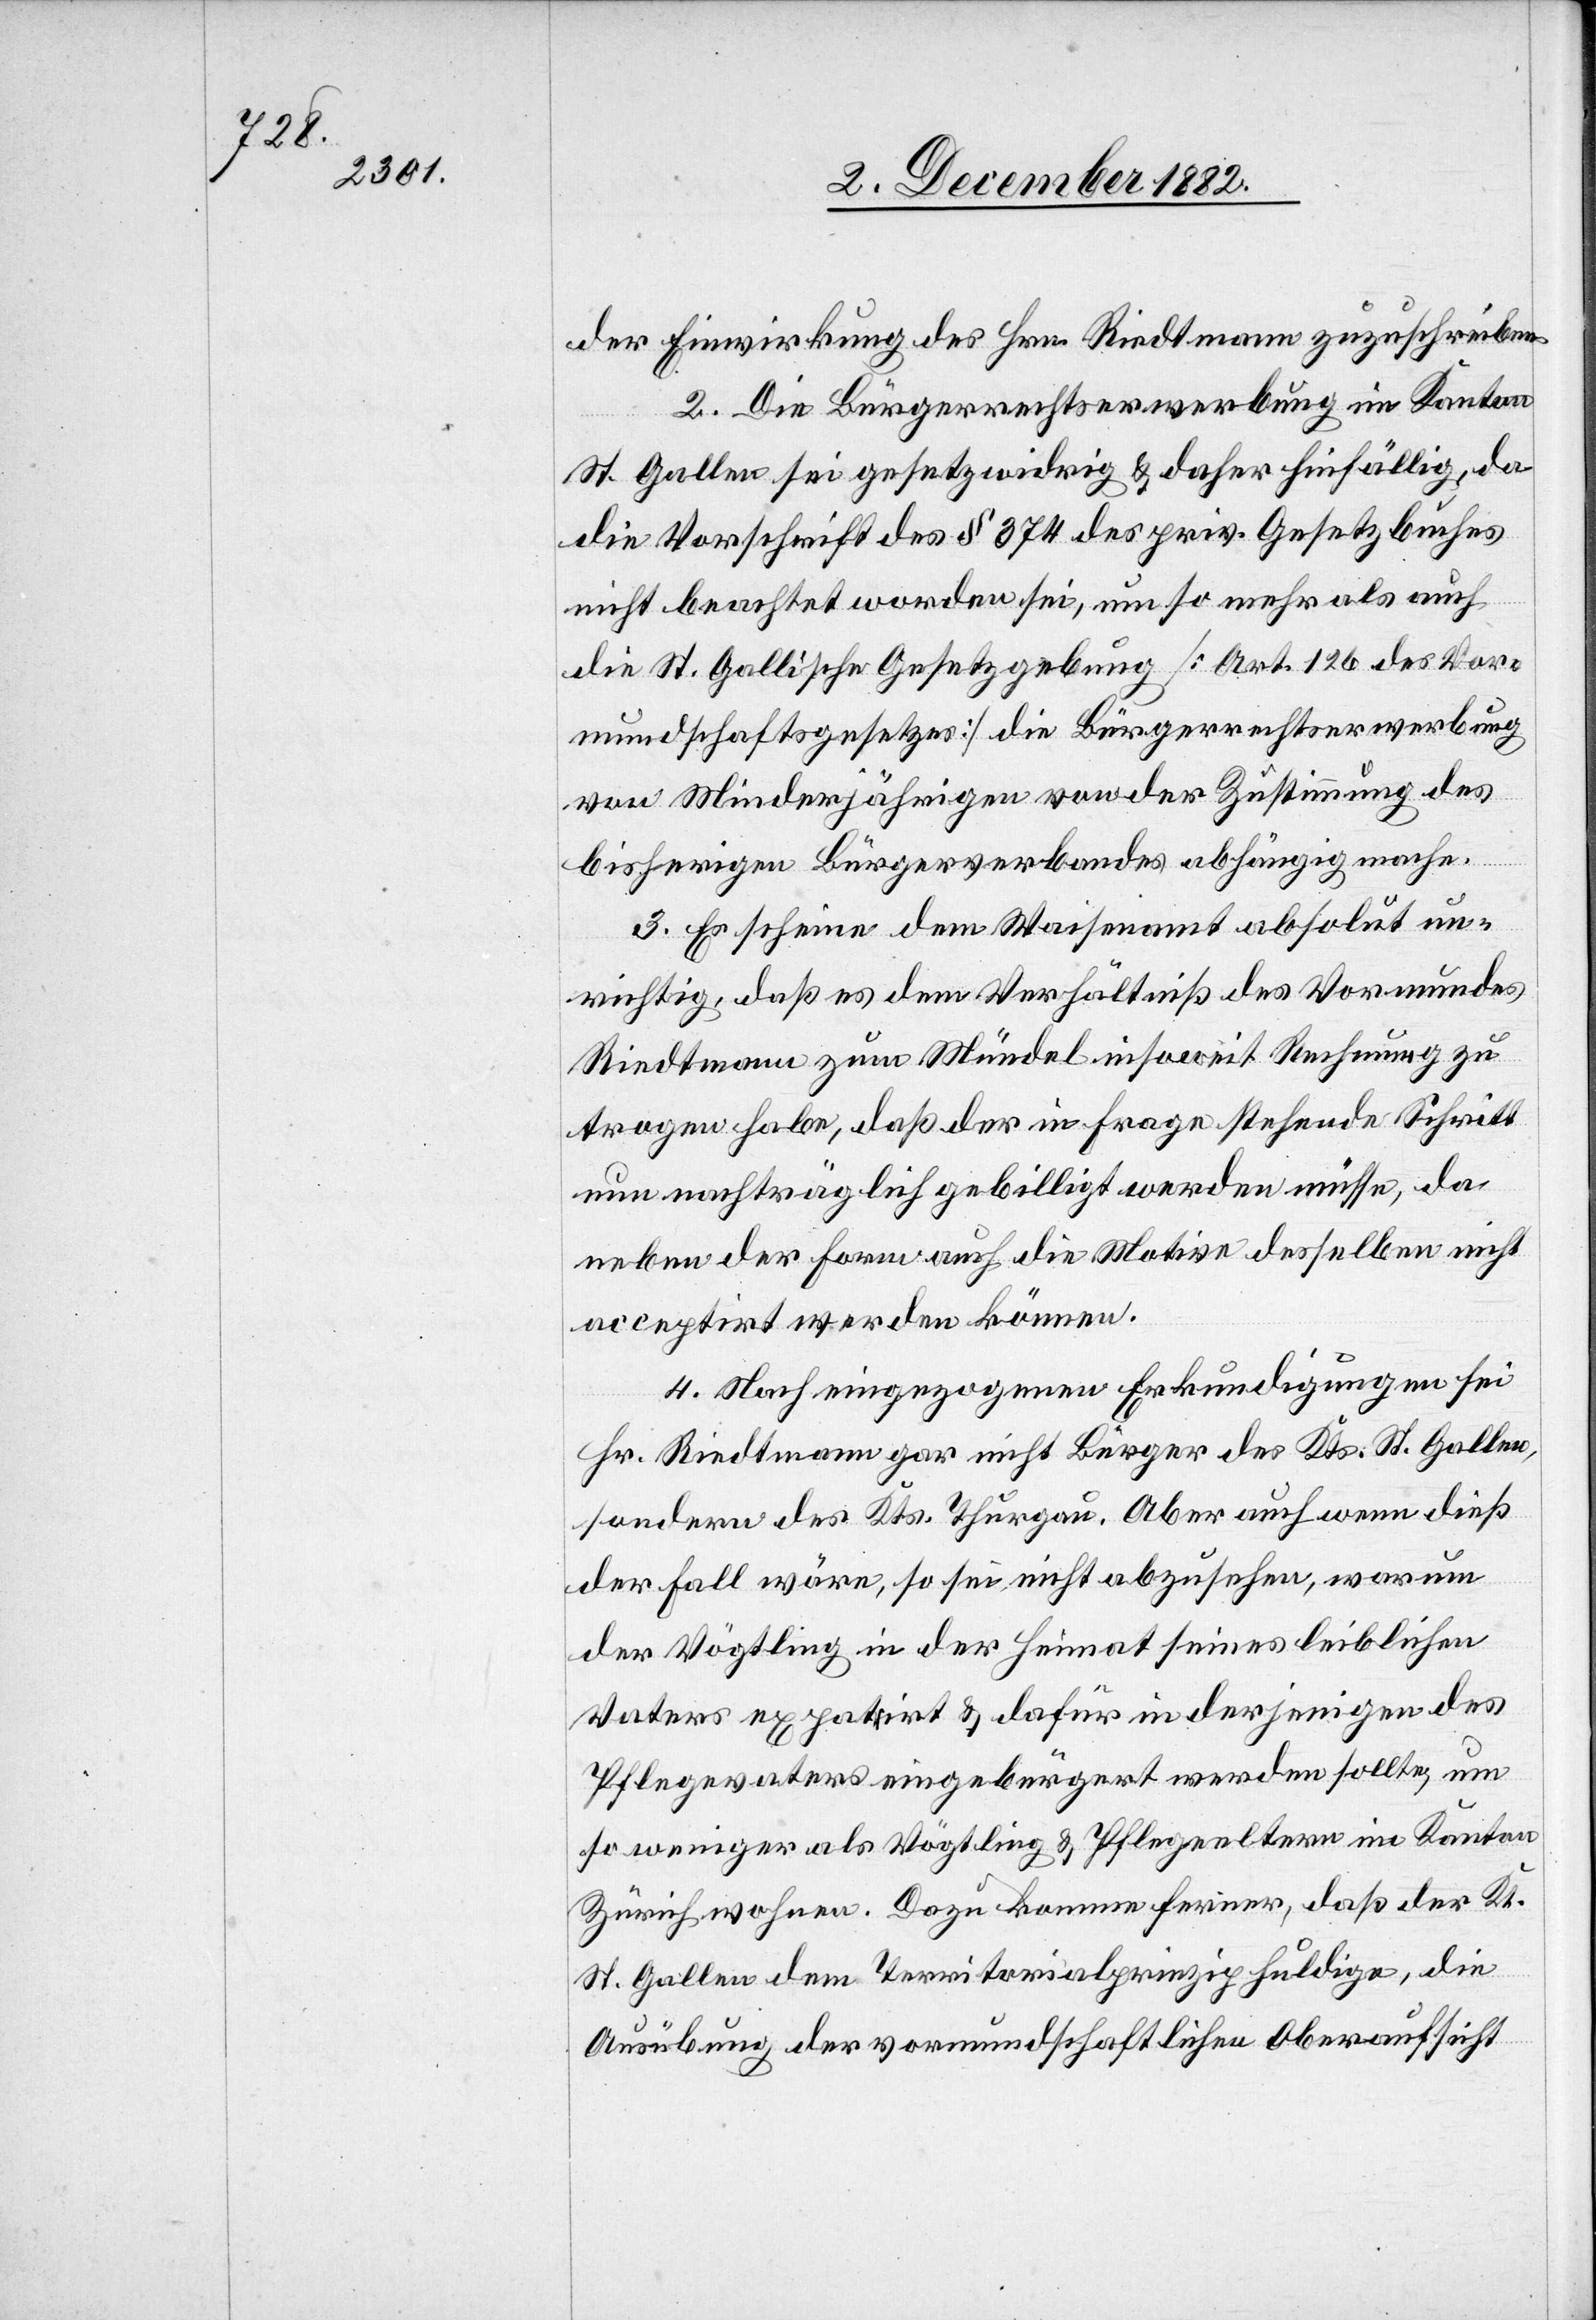
der Einwirkung des Hrn. Riedtmann zuzuschreiben.
2. Die Bürgerrechtserwerbung im Kanton
St. Gallen sei gesetzwidrig & daher hinfällig, da
die Vorschrift des § 374 des priv. Gesetzbuches
nicht beachtet worden sei, um so mehr als auch
die St. Gallische Gesetzgebung [Art. 126 des Vor¬
mundschaftsgesetzes] die Bürgerrechtserwerbung
von Minderjährigen von der Zustimmung des
bisherigen Bürgerverbandes abhängig mache.
3. Es scheine dem Waisenamt absolut un¬
richtig, daß es dem Verhältniß des Vormundes
Riedtmann zum Mündel insoweit Rechnung zu
tragen habe, daß der in Frage stehende Schritt
nun nachträglich gebilligt werden müsse, da
neben der Form auch die Motive desselben nicht
acceptirt werden können.
4. Nach eingezogenen Erkundigungen sei
Hr. Riedtmann gar nicht Bürger des Kts. St. Gallen,
sondern des Kts. Thurgau. Aber auch wenn dieß
der Fall wäre, so sei nicht abzusehen, warum
der Vögtling in der Heimat seines leiblichen
Vaters expatri[i]rt & dafür in derjenigen des
Pflegevaters eingebürgert werden sollte, um
so weniger als Vögtling & Pflegeeltern im Kanton
Zürich wohnen. Dazu komme ferner, daß der Kt.
St. Gallen dem Territorialprinzip huldige, die
Ausübung der vormundschaftlichen Oberaufsicht